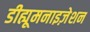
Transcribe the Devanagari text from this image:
डीह्यूमनाइज़ेशन